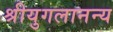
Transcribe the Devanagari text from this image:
श्रीयुगलानन्य